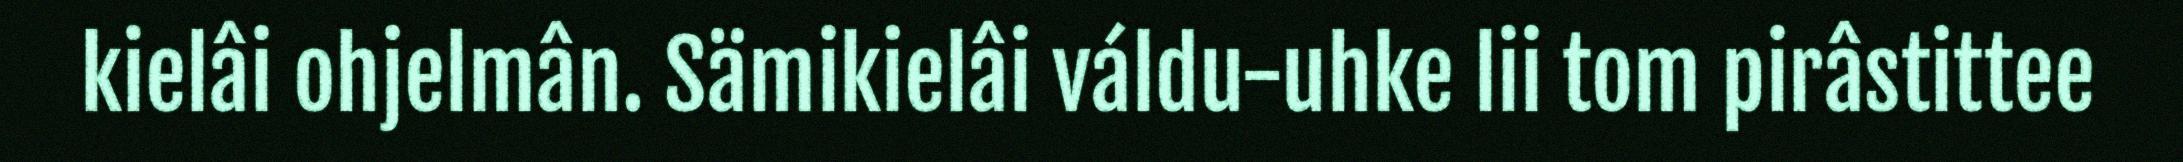
kielâi ohjelmân. Sämikielâi váldu-uhke lii tom pirâstittee